Leaving Certificate, 1896
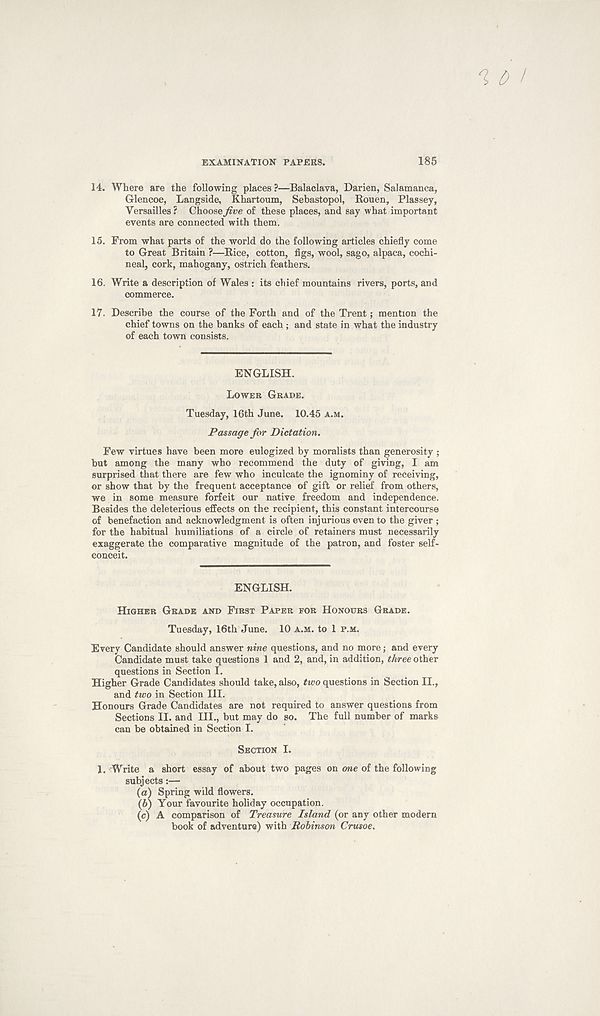
EXAMINATION PAPERS.
185
14. Where are the following places ?—Balaclava, Darien, Salamanca,
Glencoe, Langside, Khartoum, Sebastopol, Rouen, Plassey,
Versailles? Choose five of these places, and say what important
events are connected with them.
15. From what parts of the world do the following articles chiefly come
to Great Britain ?—Rice, cotton, figs, wool, sago, alpaca, cochi-
neal, cork, mahogany, ostrich feathers.
16. Write a description of Wales : its chief mountains rivers, ports, and
commerce.
17. Describe the course of the Forth and of the Trent; mention the
chief towns on the banks of each ; and state in what the industry
of each town consists.
ENGLISH.
LOWER GRADE.
Tuesday, 16th June. 10.45 A.M.
Passage for Dictation.
Few virtues have been more eulogized by moralists than generosity ;
but among the many who recommend the duty of giving, I am
surprised that there are few who inculcate the ignominy of receiving,
or show that by the frequent acceptance of gift or relief from others,
we in some measure forfeit our native freedom and independence.
Besides the deleterious effects on the recipient, this constant intercourse
of benefaction and acknowledgment is often injurious even to the giver ;
for the habitual humiliations of a circle of retainers must necessarily
exaggerate the comparative magnitude of the patron, and foster self-
conceit.
ENGLISH.
HIGHER GRADE AND FIRST PAPER FOR HONOURS GRADE.
Tuesday, 16th June. 10 A.M. to 1 P.M.
Every Candidate should answer nine questions, and no more; and every
Candidate must take questions 1 and 2, and, in addition, three other
questions in Section I.
Higher Grade Candidates should take, also, two questions in Section II.,
and two in Section III.
Honours Grade Candidates are not required to answer questions from
Sections II. and III., but may do so. The full number of marks
can be obtained in Section I.
SECTION I.
1. Write a short essay of about two pages on one of the following
subjects:—
(а) Spring wild flowers.
(б) Your favourite holiday occupation.
(c) A comparison of Treasure Island (or any other modern
book of adventure) with Robinson Crusoe.